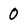
Character: 0